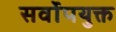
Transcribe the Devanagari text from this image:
सर्वोपयुक्त